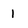
Character: 1